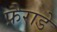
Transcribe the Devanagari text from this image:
फ़ैराडे